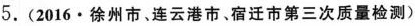
5.(2016 · 徐州市、连云港市﹑宿迁市第三次质量检测)